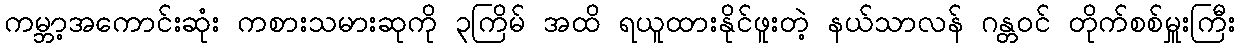
ကမ္ဘာ့အကောင်းဆုံး ကစားသမားဆုကို ၃ကြိမ် အထိ ရယူထားနိုင်ဖူးတဲ့ နယ်သာလန် ဂန္တဝင် တိုက်စစ်မှူးကြီး